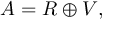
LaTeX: A = R \oplus V ,